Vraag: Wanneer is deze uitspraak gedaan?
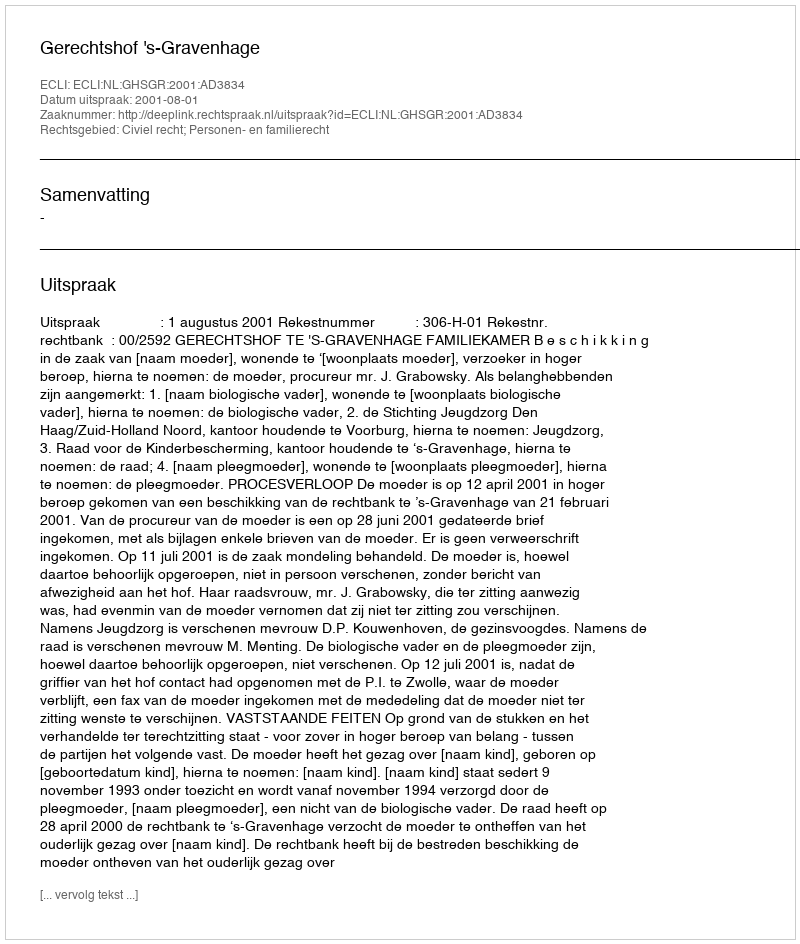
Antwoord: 2001-08-01